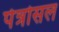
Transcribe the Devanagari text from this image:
पेत्रोसल